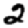
Digit: 2